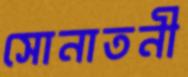
সোনাতনী